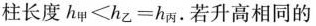
柱长度$$h_{甲}<h_{乙}=h_{丙}$$.若升高相同的